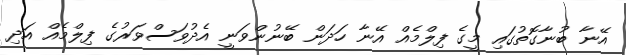
އޭނާ ބުނާގޮތުގައި މީގެ ފިލްމެއް އޭނާ ހަދަން ބޭނުންވަނީ އެދުވަސްވަރުގެ ފިލްމެއް އަދި